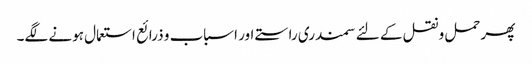
پھر حمل و نقل کے لئے سمندری راستے اور اسباب و ذرائع استعمال ہونے لگے۔